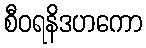
စီဝရနိဒဟကော